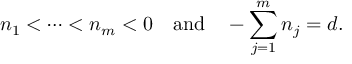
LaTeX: n _ { 1 } < \cdots < n _ { m } < 0 \mathrm { ~ ~ ~ a n d ~ ~ ~ } - \sum _ { j = 1 } ^ { m } n _ { j } = d .